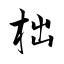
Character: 柮